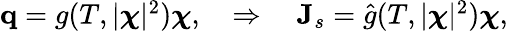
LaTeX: \begin{array}{r}{\mathbf q=g(T,|\boldsymbol\chi|^{2})\boldsymbol\chi,\quad\Rightarrow\quad\mathbf J_{s}=\hat{g}(T,|\boldsymbol\chi|^{2})\boldsymbol\chi,}\end{array}